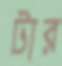
টার